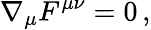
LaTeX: \nabla_{\mu}F^{\mu\nu}=0\, ,